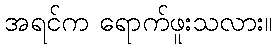
အရင်က ရောက်ဖူးသလား။